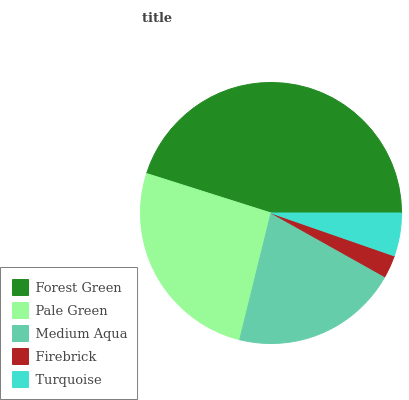
| Forest Green | Pale Green | Medium Aqua | Firebrick | Turquoise |
 | --- | --- | --- | --- | --- |
 | 45.1% | 26.1% | 20.7% | 2.8% | 5.33% |